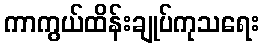
ကာကွယ်ထိန်းချုပ်ကုသရေး